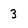
Character: 3